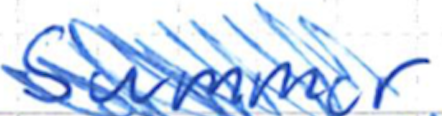
Text: Summer
Cross-out: scratch
Writing tool: ballpoint